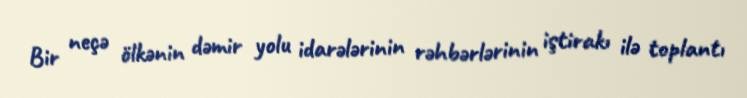
Bir neçə ölkənin dəmir yolu idarələrinin rəhbərlərinin iştirakı ilə toplantı